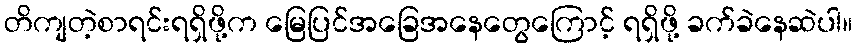
တိကျတဲ့စာရင်းရရှိဖို့က မြေပြင်အခြေအနေတွေကြောင့် ရရှိဖို့ ခက်ခဲနေဆဲပါ။